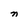
Character: n